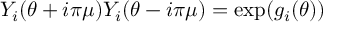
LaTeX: Y _ { i } ( \theta + i \pi \mu ) Y _ { i } ( \theta - i \pi \mu ) = \exp ( g _ { i } ( \theta ) )